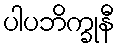
ပါပဘိက္ခုနီ